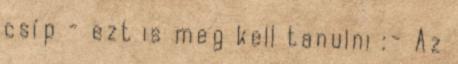
csíp - ezt is meg kell tanulni :- Az